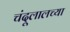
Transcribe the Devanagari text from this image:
चंदूलालच्या